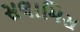
સલામિસ